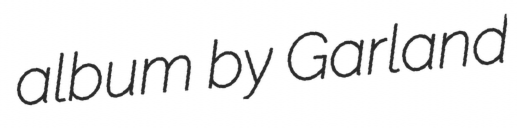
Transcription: album by Garland